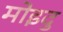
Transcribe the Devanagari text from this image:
मोइदु